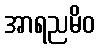
အာရညမိဝ